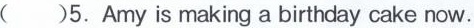
( )5.Amy is making a birthday cake now.